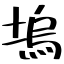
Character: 塢